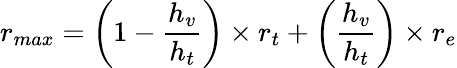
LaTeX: r_{max}=\left(1-\frac{h_{v}}{h_{t}}\right)\times r_{t}+\left(\frac{h_{v}}{h_{t}}\right)\times r_{e}